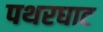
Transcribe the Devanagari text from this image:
पथरघाट